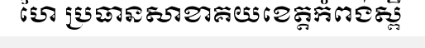
ហៃ ប្រធានសាខាគយខេត្តកំពង់ស្ពឺ